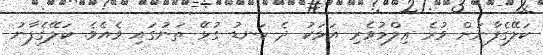
ކަލޭގެފާނަށް ވުރެ ޢިލްމުވެރި އަޅަކު ދެ ކަނޑު ގުޅޭ ތަނުގައި ވެއެވެ. ކަލޭގެފާނު